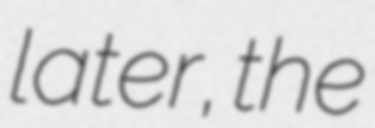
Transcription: later, the